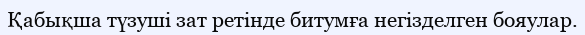
Қабықша түзуші зат ретінде битумға негізделген бояулар.